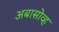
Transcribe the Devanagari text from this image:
अबासोव्ह